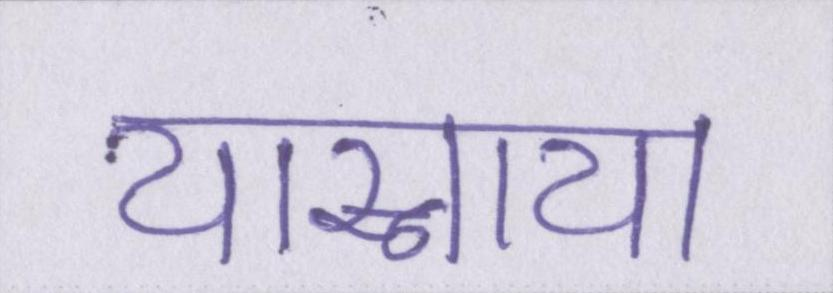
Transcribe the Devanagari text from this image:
यास्नाया